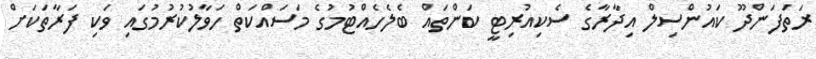
ރަތަފަންދޫ ކައުންސިލް އިދާރާގެ ސެކިއުރިޓީ ކަންތައް ބެލެހެއްޓުމުގެ މަސައްކަތް ހަވާލުކުރުމުގައި ވަކި ފަރާތަކަށް